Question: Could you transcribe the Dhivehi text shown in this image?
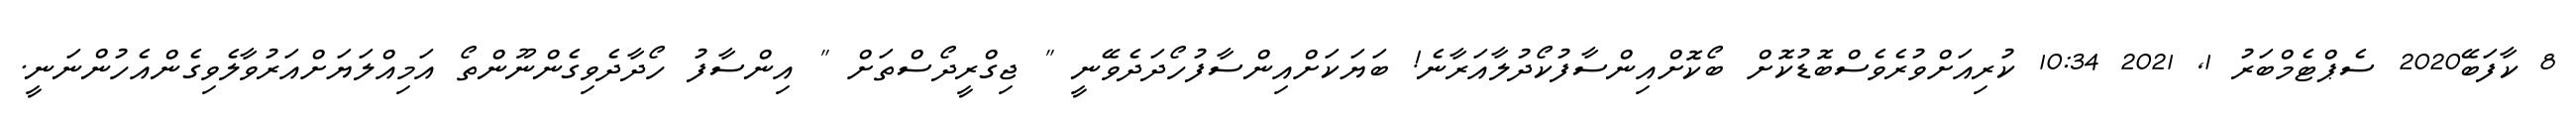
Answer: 8 ކާފަބޭ2020 ސެޕްޓެމްބަރު 1, 2021 10:34 ކުރިއަށްވުރެވެސްބޮޑުކޮށް ބޯކޮށްއިންސާފުކޯދުލާއަރާނެ! ބަޔަކަށްއިންސާފުހޯދަދެވޭނީ " ޖިގްރީދޯސްތަށް " އިންސާފު ހޯދާދެވިގެންނޫންތޯ އަމިއްލަޔަށްއަރުވާލެވިގެންއެހުންނަނީ.